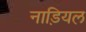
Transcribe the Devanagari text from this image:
नाड़ियल